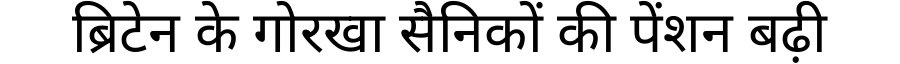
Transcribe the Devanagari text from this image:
ब्रिटेन के गोरखा सैनिकों की पेंशन बढ़ी